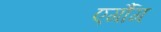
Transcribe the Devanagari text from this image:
एर्गौग